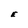
Character: E